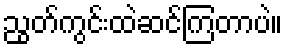
ညွတ်ကွင်းထဲဆင်ကြတာပဲ။